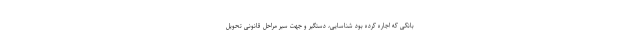
بانکی که اجاره کرده بود شناسایی، دستگیر و جهت سیر مراحل قانونی تحویل